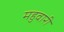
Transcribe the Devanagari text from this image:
महुवारी